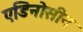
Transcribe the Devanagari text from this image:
एडिनोसीन